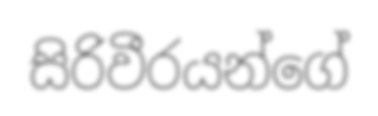
සිරිවීරයන්ගේ